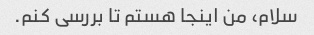
سلام، من اینجا هستم تا بررسی کنم.